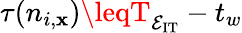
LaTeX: \tau(n_{i,\mathbf{x}})\leqT_{\mathcal{{E_{\mathrm{{IT}}}}}}-t_{w}